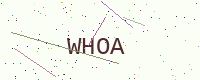
Text: WHOA